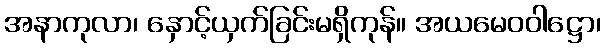
အနာကုလာ၊ နှောင့်ယှက်ခြင်းမရှိကုန်။ အယမေဝဝါဋ္ဌော၊